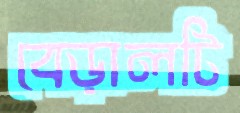
বেড়ালটি